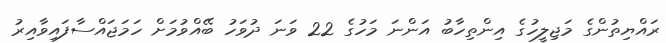
ރައްޔިތުންގެ މަޖިލީހުގެ އިންތިހާބު އަންނަ މަހުގެ 22 ވަނަ ދުވަހު ބޭއްވުމަށް ހަމަޖައްސާފައިވާއިރު